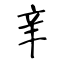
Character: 𨐌